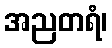
အညတရံ၊